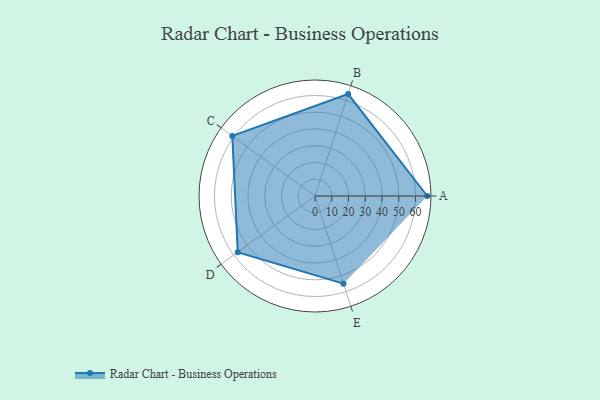
{"axis": {"x": "Skill", "y": "Score"}, "legend": ["Profile"], "data": [{"x": "A", "y": 67.0, "type": "Profile"}, {"x": "B", "y": 64.0, "type": "Profile"}, {"x": "C", "y": 61.0, "type": "Profile"}, {"x": "D", "y": 57.0, "type": "Profile"}, {"x": "E", "y": 55.0, "type": "Profile"}]}